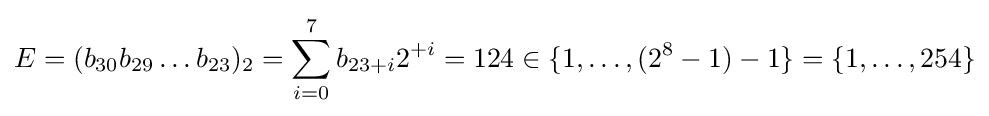
E=(b_{30}b_{29}\dots b_{23})_{2}=\sum _{i=0}^{7}b_{23+i}2^{+i}=124\in \{1,\ldots ,(2^{8}-1)-1\}=\{1,\ldots ,254\}